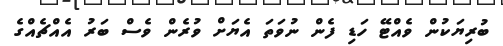
ބުރިޔަކުން ވެއްޓޭ ހަޑި ފެން ނުވަތަ އެޔަށް ވުރެން ވެސް ބަރު އެއްޗެއްގެ